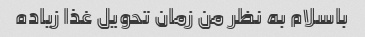
باسلام به نظر من زمان تحویل غذا زیاده